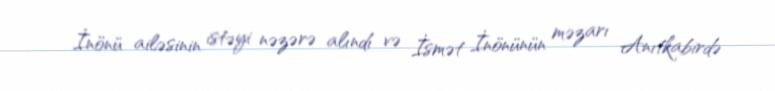
İnönü ailəsinin istəyi nəzərə alındı və İsmət İnönünün məzarı Anıtkabirdə